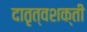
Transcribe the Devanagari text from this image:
दातृत्वशक्ती